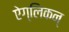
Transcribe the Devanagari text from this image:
ऐग्लिकन्